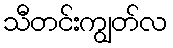
သီတင်းကျွတ်လ